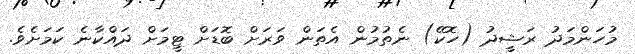
މުހަންމަދު ރަޝީދު (ހޮކޭ) ނެތުމުން އެތަން ވަރަށް ބޮޑަށް ޓީމަށް ދައްކާނެ ކަމަށެވެ.